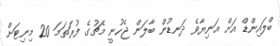
ބްލައިންޑް އަށް އަނިޔާވެ ދަނޑުން ބާލަން ޖެހުނީ މެޗުގެ ފުރަތަމަ 20 މިނިޓަށް